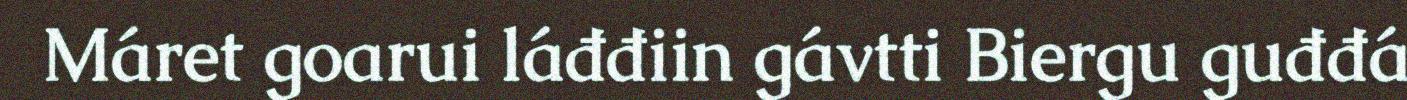
Máret goarui láđđiin gávtti Biergu guđđá